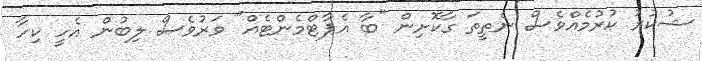
ޝުކުރު ކުރުމެއްވެސް ނެތީތަ ގާކޮށިން "ބާ އެޕާޓްމެންޓެއް" ވަރުވެސް ލިބުން އެހީ ކިހާ